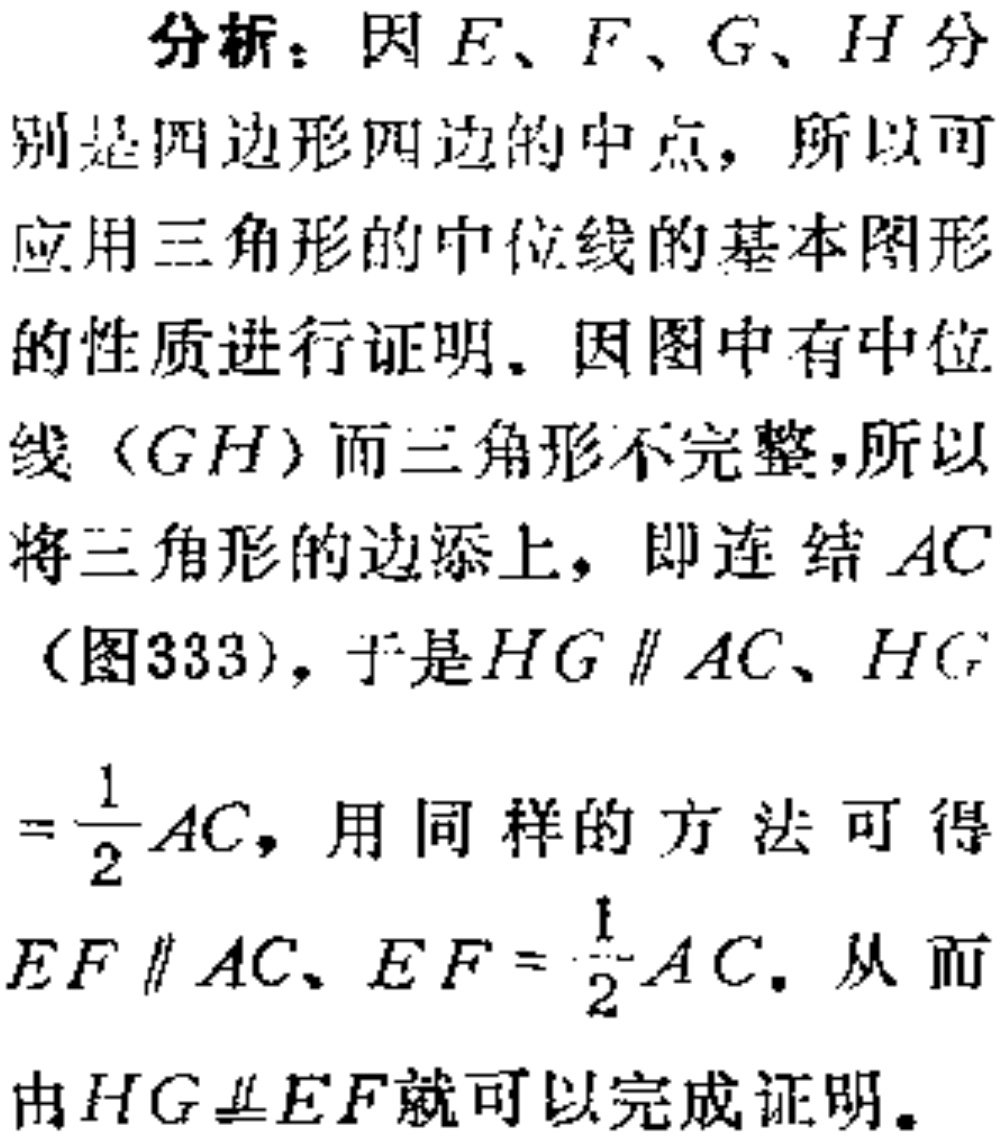
分析：因\(E\)、\(F\)、\(G\)、\(H\)分别是四边形四边的中点，所以可应用三角形的中位线的基本图形的性质进行证明。因图中有中位线（\(GH\)）而三角形不完整，所以将三角形的边添上，即连结\(AC\)（图333），于是\(HG \parallel AC\)、\(HG=\frac{1}{2}AC\)，用同样的方法可得\(EF \parallel AC\)、\(EF = \frac{1}{2}AC\)。从而由\(HG\equalparallel EF\)就可以完成证明。